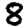
Digit: 8